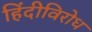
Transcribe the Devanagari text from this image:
हिंदीविरोध